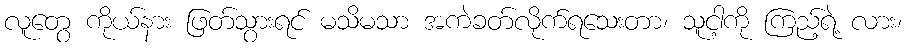
လူတွေ ကိုယ်နား ဖြတ်သွားရင် မသိမသာ အကဲခတ်လိုက်ရသေးတာ၊ သူငါ့ကို ကြည့်ရဲ့ လား၊